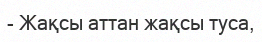
- Жақсы аттан жақсы туса,